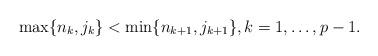
LaTeX: \begin{align*} \max \{ n_k , j_k \} < \min \{n_{k+1} , j_{k+1} \} , k=1,\ldots,p-1 . \end{align*}